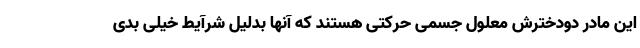
این مادر دودخترش معلول جسمی حرکتی هستند که آنها بدلیل شرآیط خیلی بدی